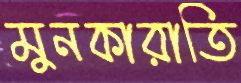
মুনকারাতি